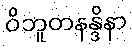
ဝိဘူတနန္ဒိနာ